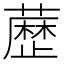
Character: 𮒃